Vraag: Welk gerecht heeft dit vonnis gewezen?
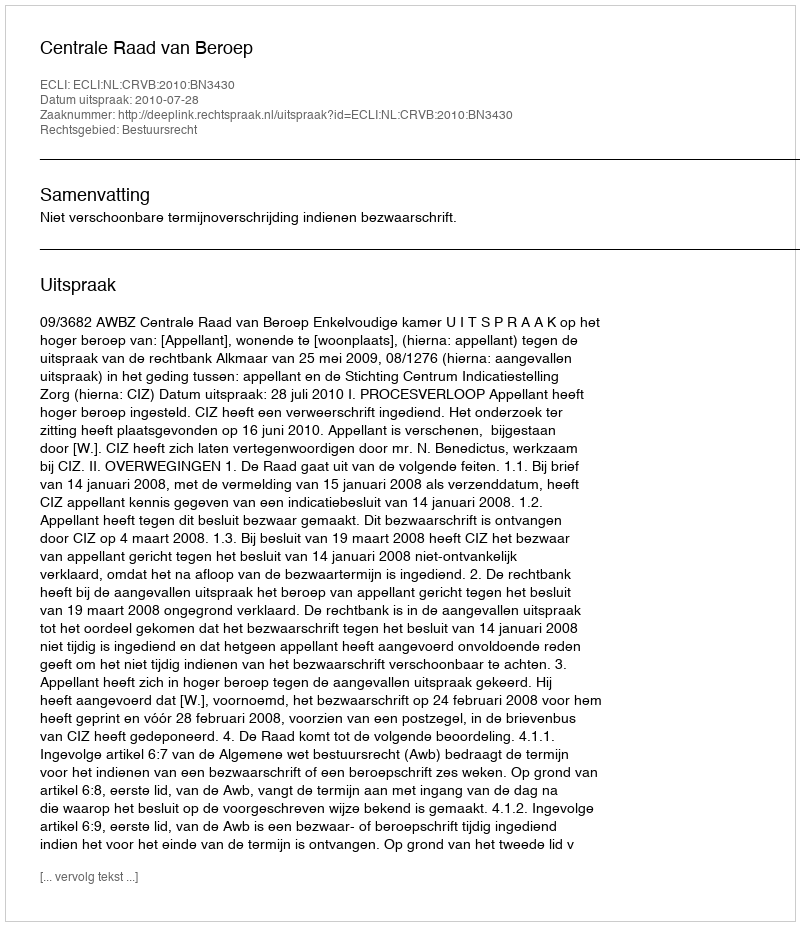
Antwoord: Centrale Raad van Beroep